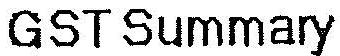
GST SUMMARY